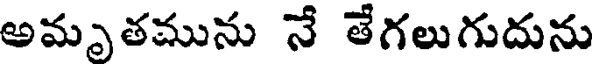
అమృతమును నే తేగలుగుదును